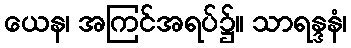
ယေန၊ အကြင်အရပ်၌။ သာရန္ဒနံ၊